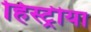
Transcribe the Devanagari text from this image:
हिस्ट्रीया